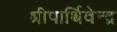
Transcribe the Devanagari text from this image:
श्रीपार्थिवेन्द्र